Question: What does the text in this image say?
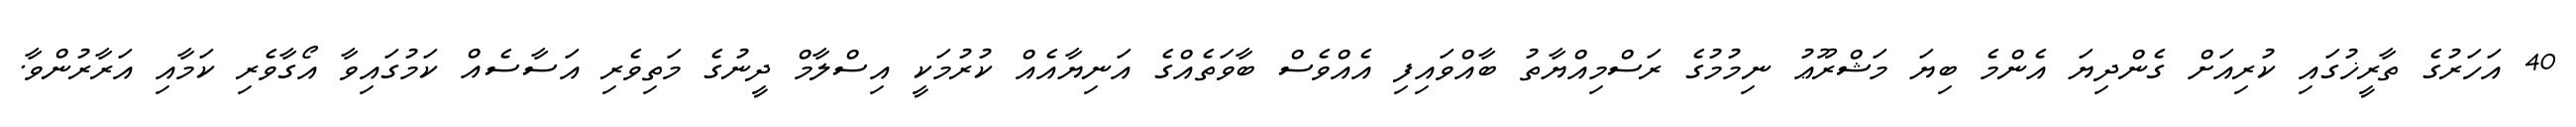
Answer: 40 އަހަރުގެ ތާރީޚުގައި ކުރިއަށް ގެންދިޔަ އެންމެ ބިޔަ މަޝްރޫޢު ނިމުމުގެ ރަސްމިއްޔާތު ބާއްވައިފި އެއްވެސް ބާވަތެއްގެ އަނިޔާއެއް ކުރުމަކީ އިސްލާމް ދީނުގެ މަތިވެރި އަސާސެއް ކަމުގައިވާ އޯގާވެރި ކަމާއި އަރާރުންވާ.